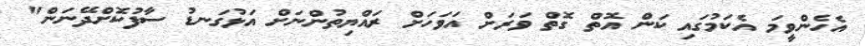
އެހެންވީމަ އެކަމުގައި ކަން އޮތް ގޮތް ވަރަށް އަވަހަށް ރައްޔިތުންނަށް އަޅުގަނޑު ސާފުކޮށްދޭނަން"